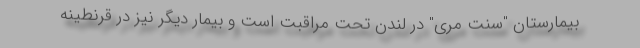
بیمارستان "سنت مری" در لندن تحت مراقبت است و بیمار دیگر نیز در قرنطینه